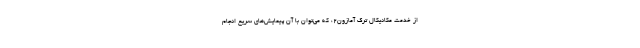
از خدمتِ مکانیکال ترک آمازون۲، که می‌توان با آن پیمایش‌های سریع انجام